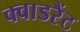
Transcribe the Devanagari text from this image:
क्वाडरैंट